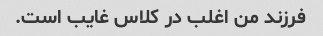
فرزند من اغلب در کلاس غایب است.